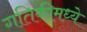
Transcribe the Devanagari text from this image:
गतिकीमध्ये